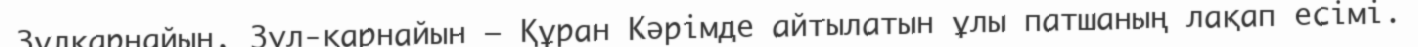
Зұлқарнайын, Зул-қарнайын – Құран Кәрімде айтылатын ұлы патшаның лақап есімі.